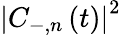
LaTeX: \left|C_{-,n}\left(t\right)\right|^{2}